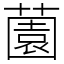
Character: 薗